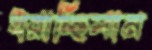
ধরাচ্ছিলাম